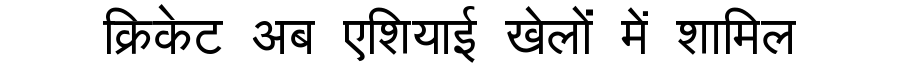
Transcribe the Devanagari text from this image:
क्रिकेट अब एशियाई खेलों में शामिल